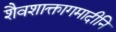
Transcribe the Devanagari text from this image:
शैवशाक्तागमादीनि